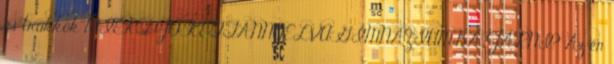
és trükkök MIÉRT JÓ KÉTTANNYELVŰ GIMNÁZIUMBA JÁRNI? Az én